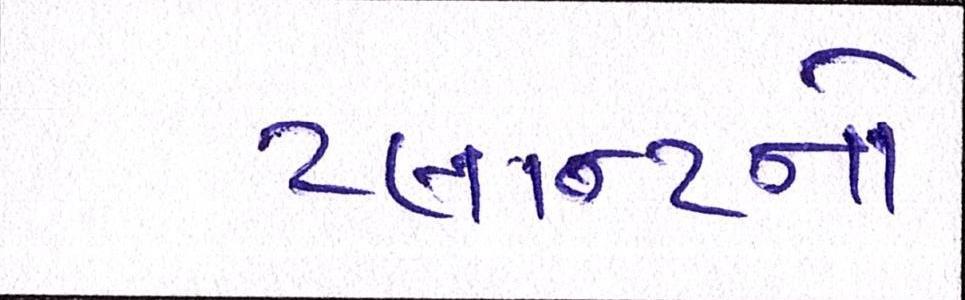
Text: પ્લાન્ટનો